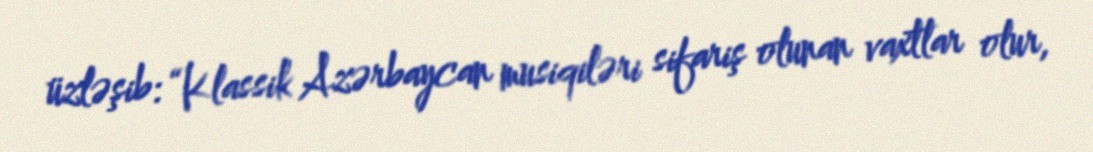
üzləşib: “Klassik Azərbaycan musiqiləri sifariş olunan vaxtlar olur,